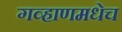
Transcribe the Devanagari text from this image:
गव्हाणमधेच